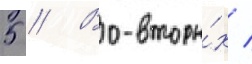
5 // Во-вторы́х /